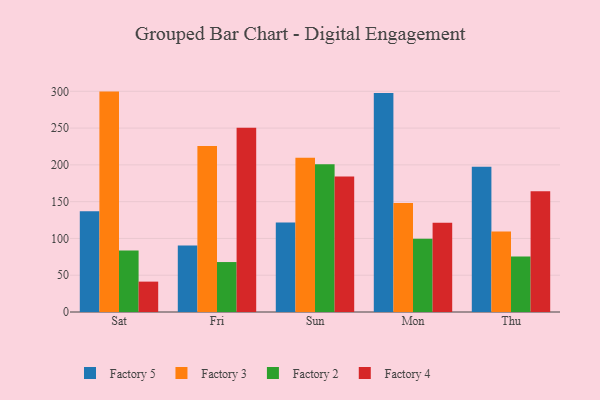
{"axis": {"x": "Day", "y": "Customer Acquisition Cost (USD)"}, "legend": ["Factory 2", "Factory 3", "Factory 4", "Factory 5"], "data": [{"x": "Sat", "y": 137.0, "type": "Factory 5"}, {"x": "Sat", "y": 299.6, "type": "Factory 3"}, {"x": "Sat", "y": 83.6, "type": "Factory 2"}, {"x": "Sat", "y": 41.3, "type": "Factory 4"}, {"x": "Fri", "y": 90.5, "type": "Factory 5"}, {"x": "Fri", "y": 225.6, "type": "Factory 3"}, {"x": "Fri", "y": 67.9, "type": "Factory 2"}, {"x": "Fri", "y": 250.5, "type": "Factory 4"}, {"x": "Sun", "y": 121.5, "type": "Factory 5"}, {"x": "Sun", "y": 209.6, "type": "Factory 3"}, {"x": "Sun", "y": 201.0, "type": "Factory 2"}, {"x": "Sun", "y": 184.2, "type": "Factory 4"}, {"x": "Mon", "y": 297.7, "type": "Factory 5"}, {"x": "Mon", "y": 148.1, "type": "Factory 3"}, {"x": "Mon", "y": 99.5, "type": "Factory 2"}, {"x": "Mon", "y": 121.2, "type": "Factory 4"}, {"x": "Thu", "y": 197.6, "type": "Factory 5"}, {"x": "Thu", "y": 109.4, "type": "Factory 3"}, {"x": "Thu", "y": 75.6, "type": "Factory 2"}, {"x": "Thu", "y": 164.3, "type": "Factory 4"}]}